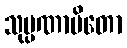
သုပ္ပဏာမိတော